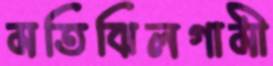
মতিঝিলগামী